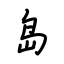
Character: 岛